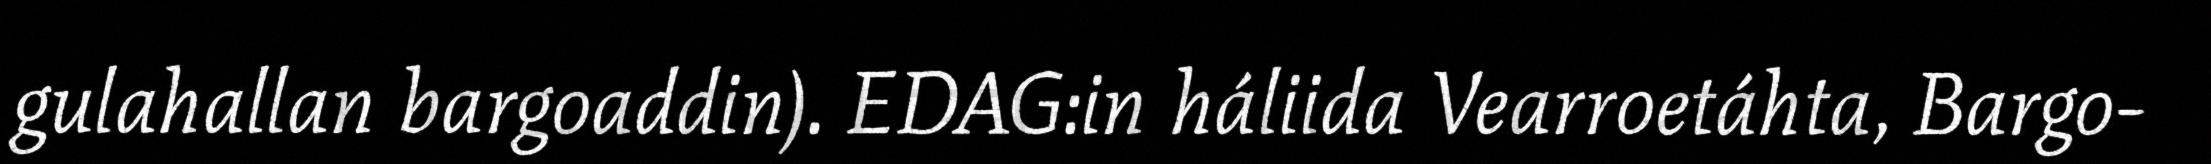
gulahallan bargoaddin). EDAG:in háliida Vearroetáhta, Bargo-